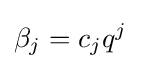
\beta _{j}=c_{j}q^{j}